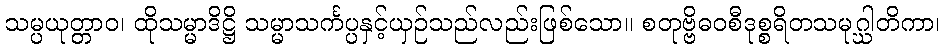
သမ္ပယုတ္တာဝ၊ ထိုသမ္မာဒိဋ္ဌိ သမ္မာသင်္ကပ္ပနှင့်ယှဉ်သည်လည်းဖြစ်သော။ စတုဗ္ဗိဓဝစီဒုစ္စရိတသမုဂ္ဃါတိကာ၊